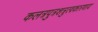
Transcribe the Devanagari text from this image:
कलत्रपुत्रशत्रुत्वकारणाय